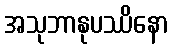
အသုဘာနုပဿိနော